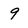
Character: 9